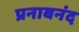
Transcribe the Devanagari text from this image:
प्रनाबनंद